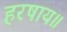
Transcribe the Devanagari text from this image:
हरषाय॥